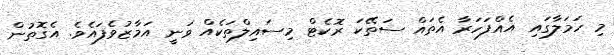
މި ހަމަލާގައި އެއްފަހަރާ އެތައް ސަތޭކަ ރޮކެޓް މިސައިލްތަކެއް ވަނީ އަމާޒުވެފައެވެ. އެގޮތުން